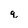
Character: q